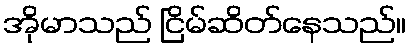
အိုမာသည် ငြိမ်ဆိတ်နေသည်။